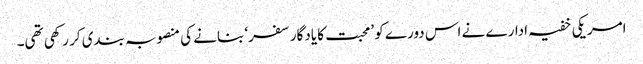
امریکی خفیہ ادارے نے اس دورے کو ’محبت کا یادگار سفر‘ بنانے کی منصوبہ بندی کر رکھی تھی۔